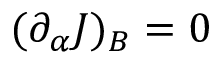
( \partial _ { \alpha } J ) _ { B } = 0